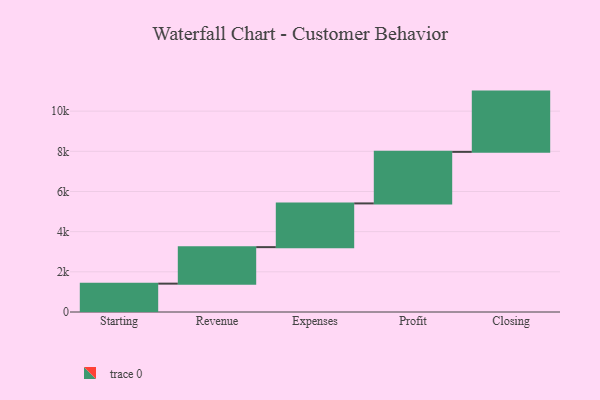
{"axis": {"x": "Step", "y": "Value"}, "legend": [""], "data": [{"x": "Starting", "y": 1412.0, "type": ""}, {"x": "Revenue", "y": 1817.0, "type": ""}, {"x": "Expenses", "y": 2177.0, "type": ""}, {"x": "Profit", "y": 2566.0, "type": ""}, {"x": "Closing", "y": 3000, "type": ""}]}